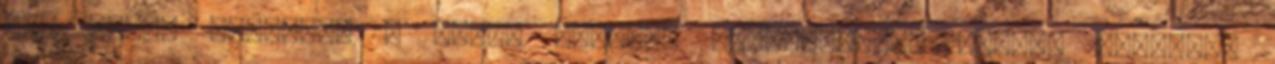
úti Tesco mellett, a Kubik utcában elhelyezkedő pályán egyelőre